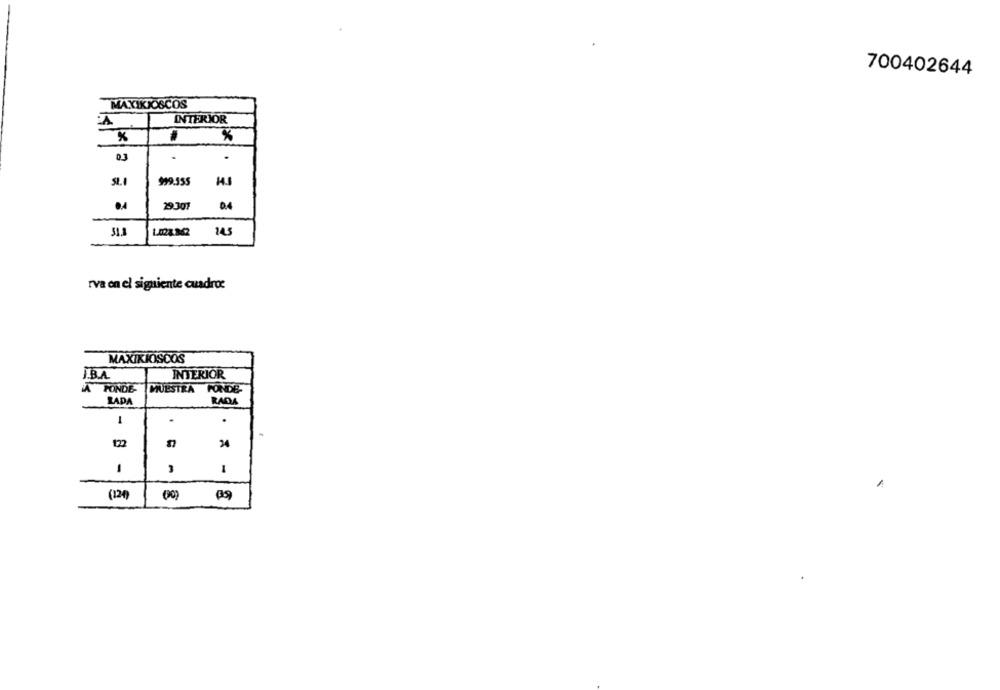
700402644
MAXIKIOSCOS
INTERIOR
.
SLI
999.555
29.301
04
145
rva on el siguiente cuadro:
MAXIKIOSCOS
B.A.
INTERIOR
A FONDE-
MUESTRA
FONDE-
LADA
RADA
1
.
24
-
1
(120)